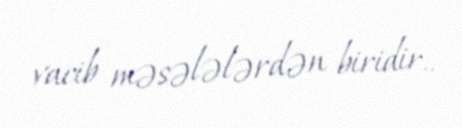
vacib məsələlərdən biridir..